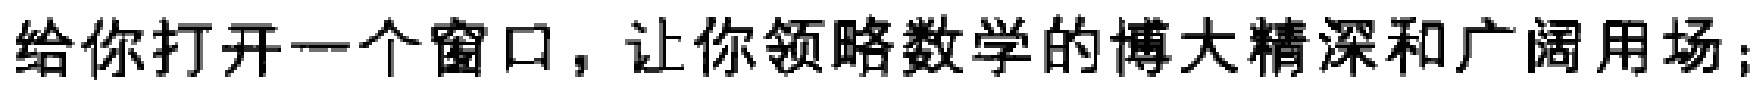
给你打开一个窗口，让你领略数学的博大精深和广阔用场；